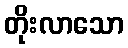
တိုးလာသော